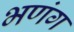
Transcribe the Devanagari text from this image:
भणंग